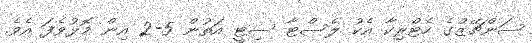
ސަންޗޭޒްގެ ހެޓްރިކާ އެކު ލެސްޓާ ސިޓީ އަތުން 5-2 އިން މޮޅުވެފަ އެވެ.